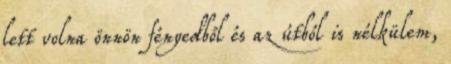
lett volna önnön fényedből és az útból is nélkülem,